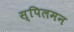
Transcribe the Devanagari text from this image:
स्पिलमन